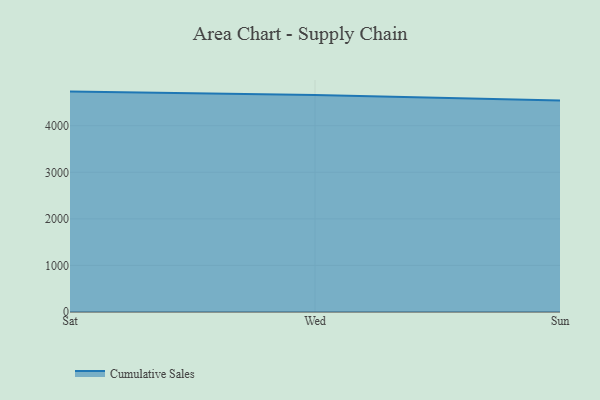
{"axis": {"x": "Day", "y": "Bounce Rate (%)"}, "legend": ["Cumulative Sales"], "data": [{"x": "Sat", "y": 4732.9, "type": "Cumulative Sales"}, {"x": "Wed", "y": 4659.7, "type": "Cumulative Sales"}, {"x": "Sun", "y": 4542.7, "type": "Cumulative Sales"}]}